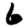
Digit: 6